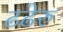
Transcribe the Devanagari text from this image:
ढढेरु